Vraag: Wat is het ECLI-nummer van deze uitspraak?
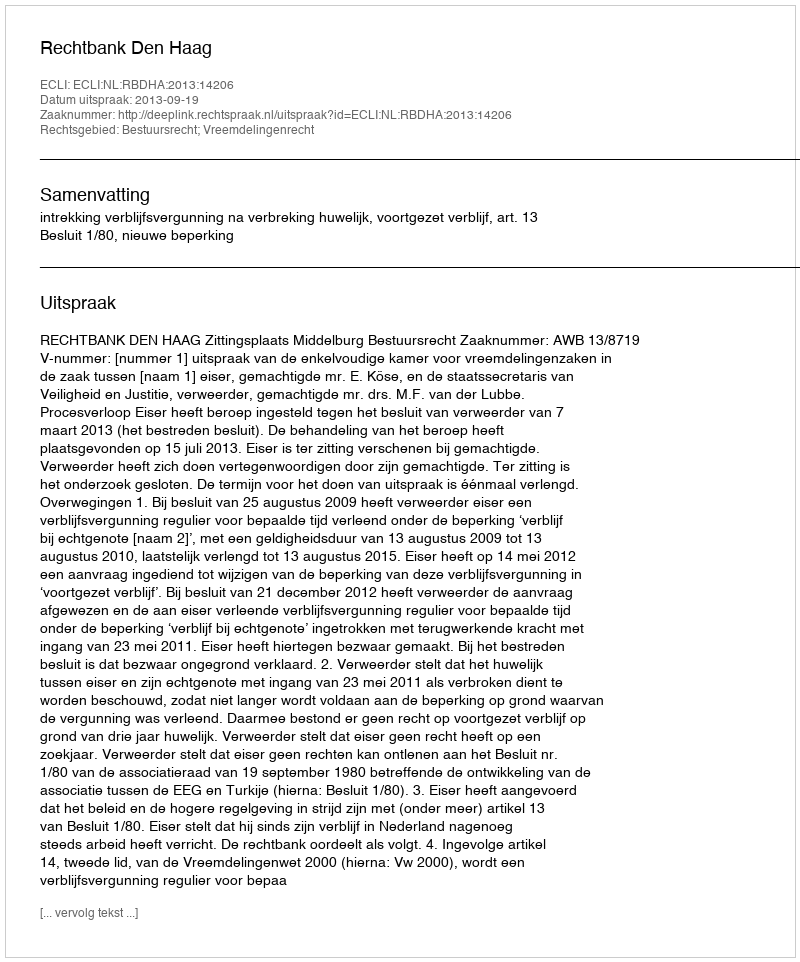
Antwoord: ECLI:NL:RBDHA:2013:14206